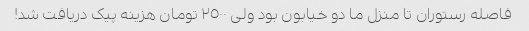
فاصله رستوران تا منزل ما دو خیابون بود ولی ٢٥٠٠ تومان هزینه پیک دریافت شد!